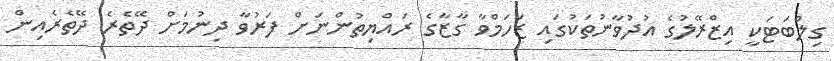
ގިލްބަޓަކީ އިޒްރޭލުގެ އުދުވާނުތަކުގައި ޒަހަމްވާ ގާޒާގެ ރައްޔިތުންނަށް ފަރުވާ ދިނުމަށް ދޭތެރެ ދޭތެރެއިން